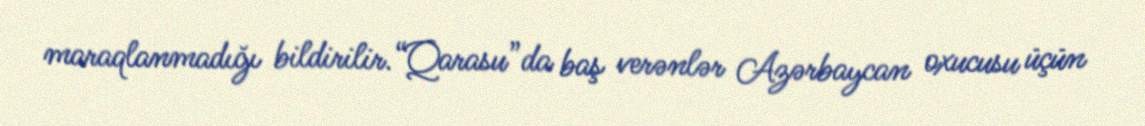
maraqlanmadığı bildirilir.“Qarasu”da baş verənlər Azərbaycan oxucusu üçün